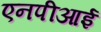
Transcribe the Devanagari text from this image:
एनपीआई